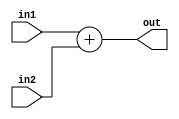
module adder (in1, in2 , out);
  input [31:0] in1, in2;
  output [31:0] out;
  assign out = in1 + in2 ;
endmodule // adder